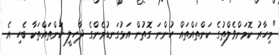
"މިހާރު ކޮމަންވެލްތުގެ ކަންތައްތައް ހުންނަ ގޮތުން އަޅުގަނޑުމެންގެ ދާހިލީ ކަންތައްތަކާ ބެހި އެ